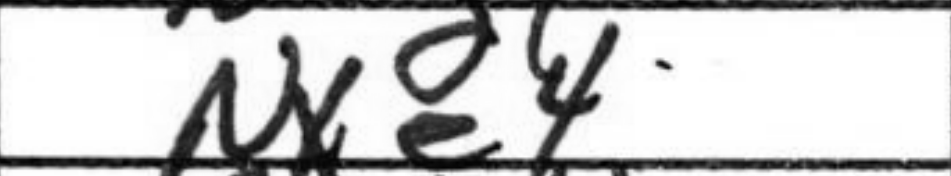
Transcription: Nxe4